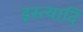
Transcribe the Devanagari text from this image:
इस्त्यादि